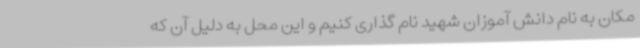
مکان به نام دانش آموزان شهید نام گذاری کنیم و این محل به دلیل آن که